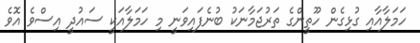
ހަމަލާއާއި ގުޅިގެން ހޫތީންގެ ތަރުޖަމާނަކު ބުނެފައިވަނީ މި ހަމަލާއަކީ ސައުދީ އިސްވެ އޮވެ